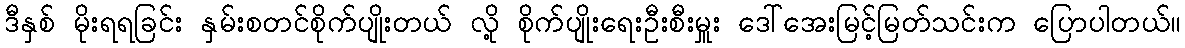
ဒီနှစ် မိုးရရခြင်း နှမ်းစတင်စိုက်ပျိုးတယ် လို့ စိုက်ပျိုးရေးဦးစီးမှူး ဒေါ်အေးမြင့်မြတ်သင်းက ပြောပါတယ်။